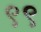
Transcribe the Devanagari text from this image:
९९